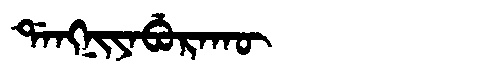
Manchu: ᡩᠠᠩᠨᡳᠶᠠᠪᡠᡵᠠᡴᡡ
Romanization: DANGNIYABURAKŪ